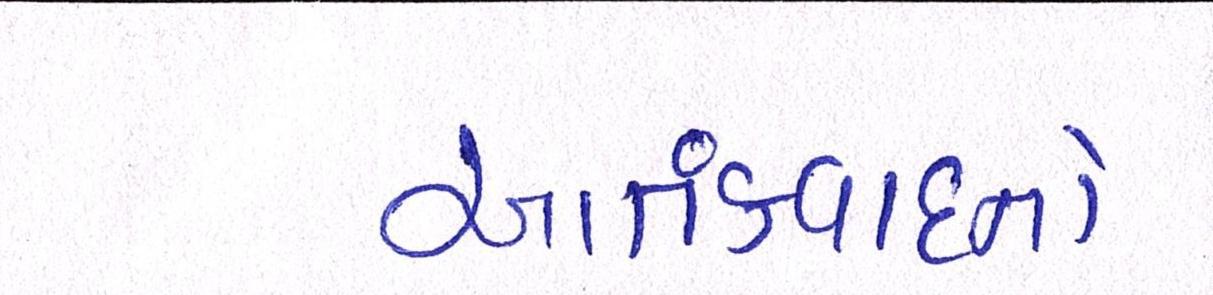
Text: આતંકવાદનો